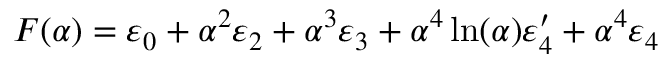
\begin{array} { r } { F ( \alpha ) = \varepsilon _ { 0 } + \alpha ^ { 2 } \varepsilon _ { 2 } + \alpha ^ { 3 } \varepsilon _ { 3 } + \alpha ^ { 4 } \ln ( \alpha ) \varepsilon _ { 4 } ^ { \prime } + \alpha ^ { 4 } \varepsilon _ { 4 } \; } \end{array}